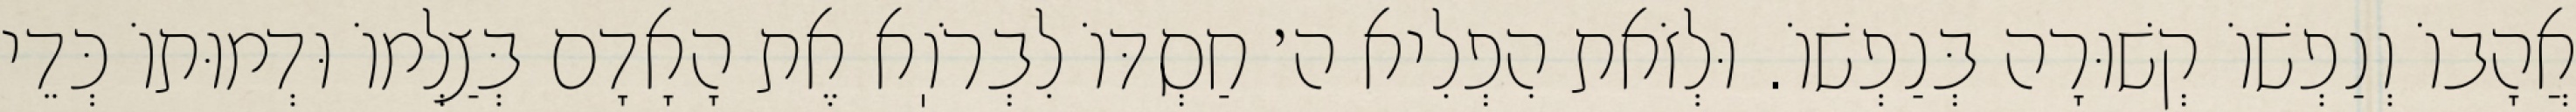
אֲהָבוֹ וְנַפְשׁוֹ קְשׁוּרָה בְּנַפְשׁוֹ. וּלְזֹאת הִפְלִיא ה׳ חַסְדּוֹ לִבְרֹוֽא אֶת הָאָדָם בְּצַלְמוֹ וּדְמוּתוֹ כְּדֵי